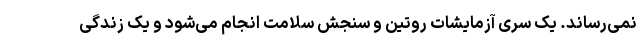
نمی‌رساند. یک سری آزمایشات روتین و سنجش سلامت انجام می‌شود و یک زندگی